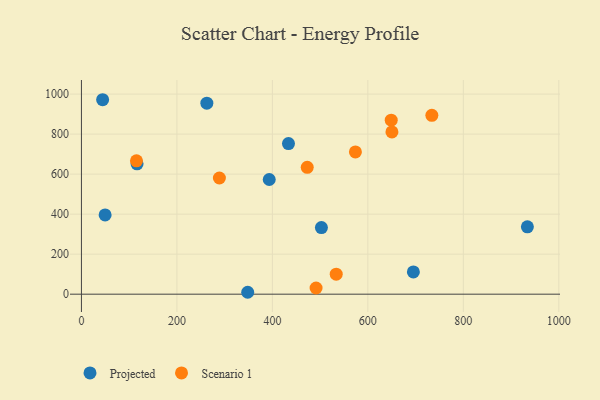
{"axis": {"x": "Speed", "y": "Rating"}, "legend": ["Projected", "Scenario 1"], "data": [{"x": "502.7", "y": 333.1, "type": "Projected"}, {"x": "934.1", "y": 336.8, "type": "Projected"}, {"x": "44.4", "y": 971.9, "type": "Projected"}, {"x": "348.3", "y": 9.5, "type": "Projected"}, {"x": "695.3", "y": 111.0, "type": "Projected"}, {"x": "116.5", "y": 651.3, "type": "Projected"}, {"x": "393.4", "y": 573.1, "type": "Projected"}, {"x": "49.6", "y": 396.3, "type": "Projected"}, {"x": "433.7", "y": 752.8, "type": "Projected"}, {"x": "262.7", "y": 954.7, "type": "Projected"}, {"x": "648.9", "y": 869.6, "type": "Scenario 1"}, {"x": "473.0", "y": 634.2, "type": "Scenario 1"}, {"x": "491.5", "y": 30.9, "type": "Scenario 1"}, {"x": "734.0", "y": 894.1, "type": "Scenario 1"}, {"x": "650.4", "y": 810.9, "type": "Scenario 1"}, {"x": "573.9", "y": 711.1, "type": "Scenario 1"}, {"x": "115.3", "y": 666.4, "type": "Scenario 1"}, {"x": "289.0", "y": 580.6, "type": "Scenario 1"}, {"x": "533.7", "y": 100.2, "type": "Scenario 1"}]}